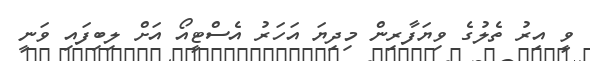
ވީ އިރު ތެލުގެ ވިޔަފާރިން މިދިޔަ އަހަރު އެސްޓީއޯ އަށް ލިބިފައި ވަނީ